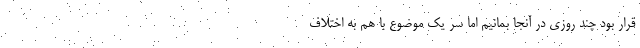
قرار بود چند روزی در آنجا بمانیم اما سر یک موضوع با هم به اختلاف